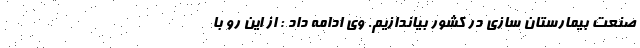
صنعت بیمارستان سازی در کشور بیاندازیم. وی ادامه داد : از این رو با